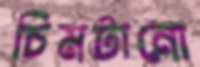
চিমটানো